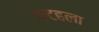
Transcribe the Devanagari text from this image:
कटहला